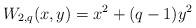
LaTeX: \begin{align*}W_{2,q}(x,y)=x^2+(q-1)y^2\end{align*}